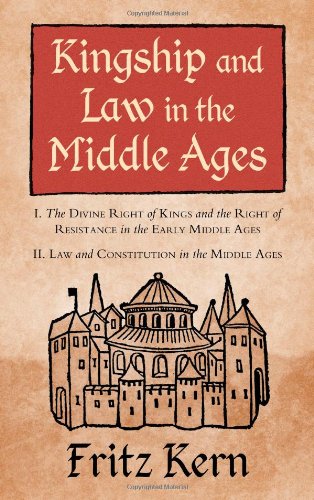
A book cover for Kingship and Law in the Middle Ages: I. The Divine Right of Kings and the Right of Resistance in the Early Middle Ages. II. Law and Constitution in ... S.B. Chrimes (Studies in Mediaeval History); Fritz Kern; Christian Books & Bibles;